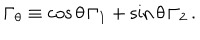
\Gamma _ { \theta } \equiv \cos \theta \, \Gamma _ { 1 } + \sin \theta \, \Gamma _ { 2 } \, .